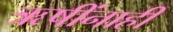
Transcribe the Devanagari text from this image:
ऋषींनाही